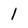
Character: 1